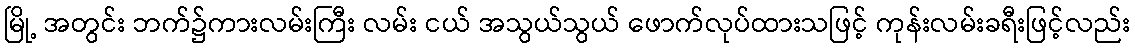
မြို့ အတွင်း ဘက်၌ကားလမ်းကြီး လမ်း ငယ် အသွယ်သွယ် ဖောက်လုပ်ထားသဖြင့် ကုန်းလမ်းခရီးဖြင့်လည်း